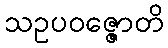
သဥပဝဇ္ဇောတိ